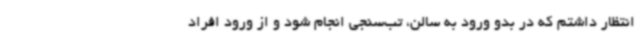
انتظار داشتم که در بدو ورود به سالن، تب‌سنجی انجام شود و از ورود افراد